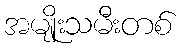
အမျိုးသမီးတစ်